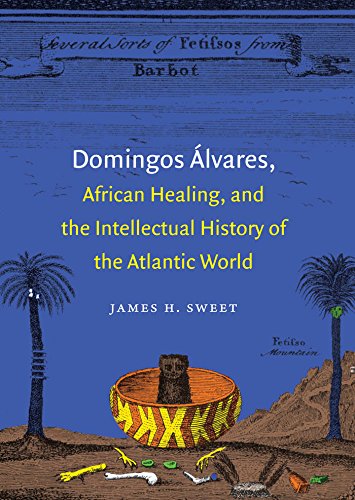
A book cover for Domingos ÃElvares, African Healing, and the Intellectual History of the Atlantic World; James H. Sweet; Biographies & Memoirs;